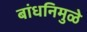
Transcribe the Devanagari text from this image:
बांधनिमुळे